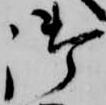
御